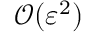
\mathcal { O } ( \varepsilon ^ { 2 } )